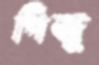
পিজু